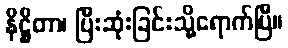
နိဋ္ဌိတာ၊ ပြီးဆုံးခြင်းသို့ရောက်ပြီ။